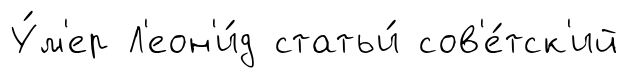
У́м'ер Л'еон'и́д статьи́ сов'е́тск'ий